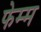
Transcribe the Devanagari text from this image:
फेम्म